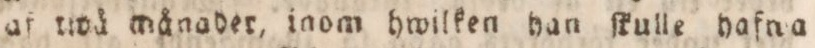
af twå månader, inom hwilken han ſkulle hafna